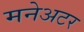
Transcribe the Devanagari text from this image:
मनेअटर